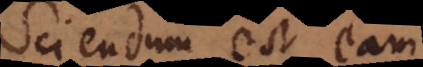
Sciendum est eam